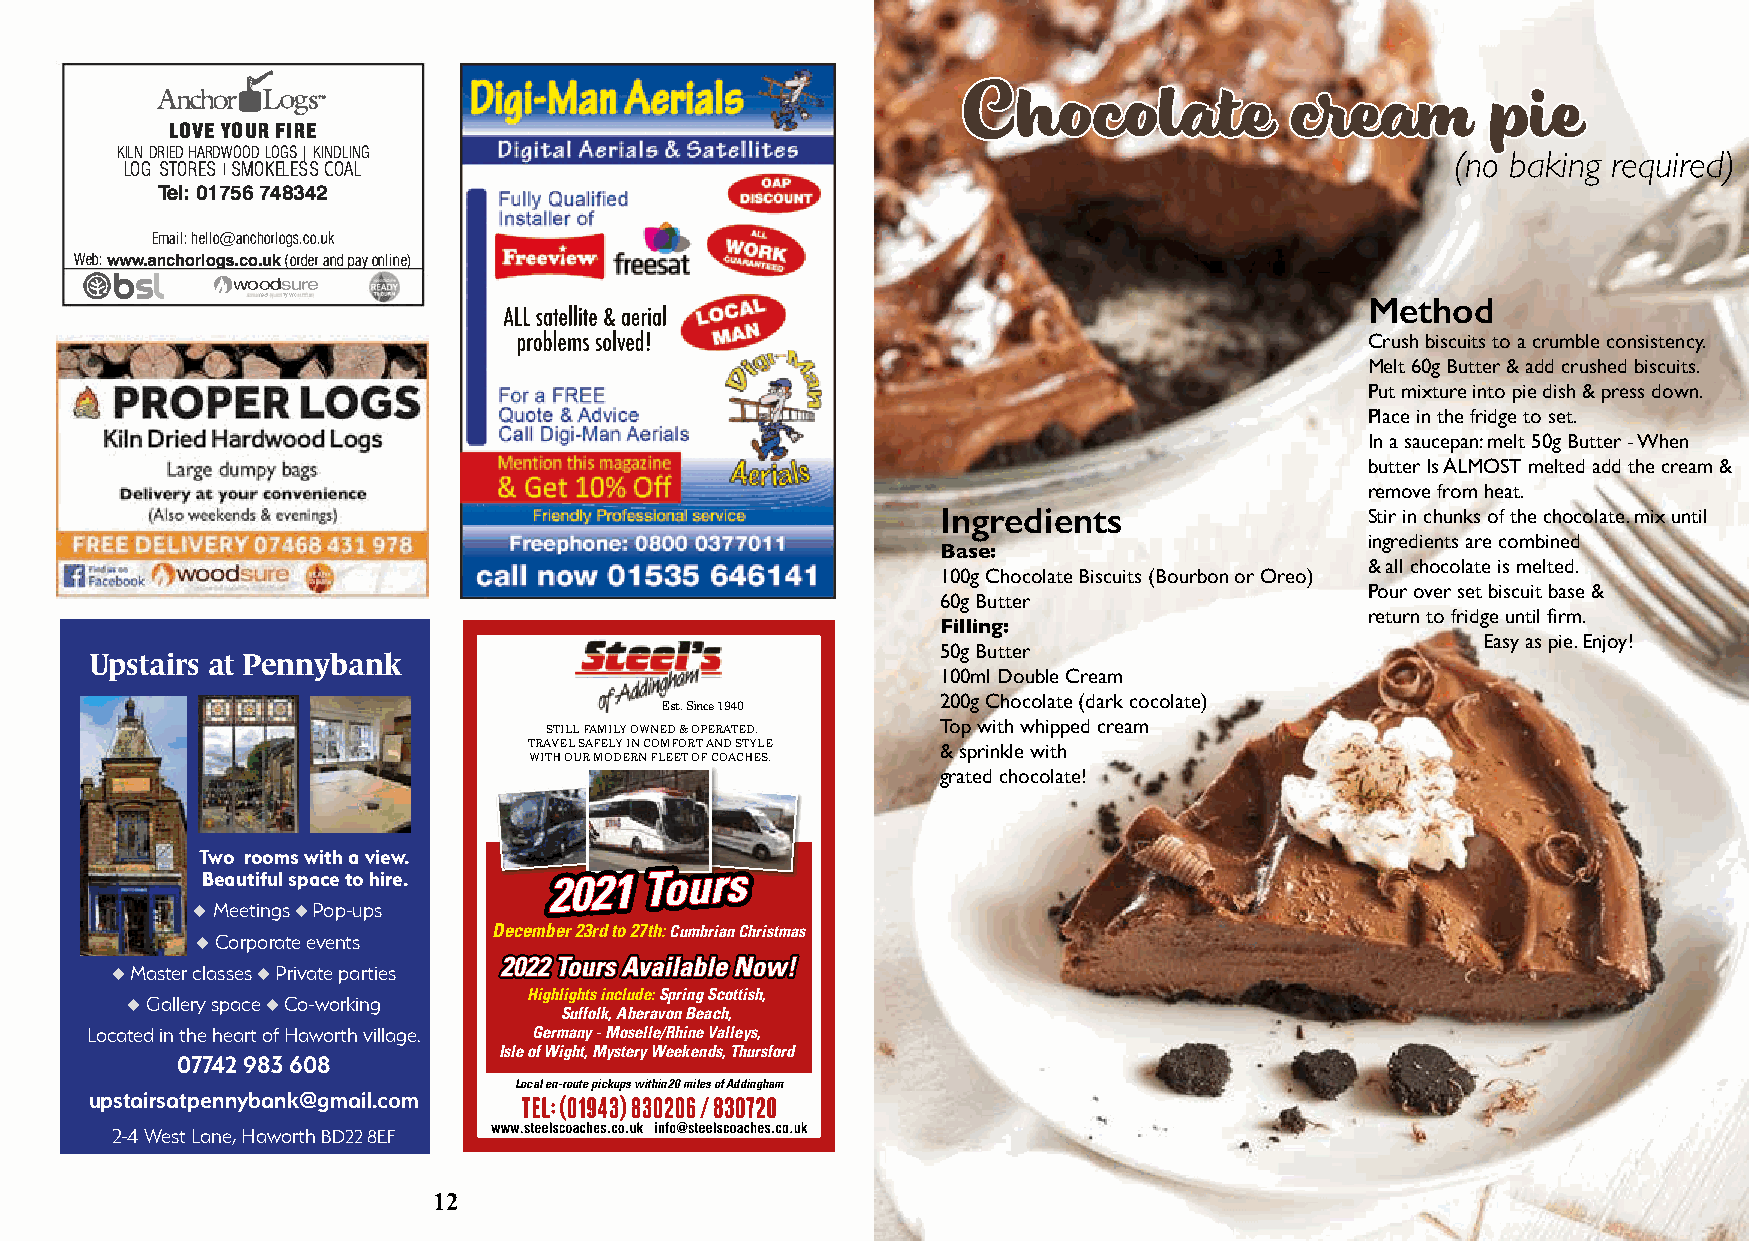
AnchoriL  s�
 og
 CChhooccoollaattee   ccrreeaamm    ppiiee
 LOVE YOUR FIRE
 KILN DRIED HARDWOOD LOGS I KINDLING                                                     (no baking required)
 /
 LOG STORES SMOKELESS COAL
 Tel: 01756 748342
 Email: hello@anchorlogs.co.uk
 Web: www.anchorlogs.co.uk (order and pay online)
 @bsl     Owoodsure
 ,... t� ....                                                             Method
 ALL satellite & aerial
 problems solved!                                        Crush biscuits to a crumble consistency.
 Melt 60g Butter & add crushed biscuits.
 Put mixture into pie dish & press down.
 Place in the fridge to set.
 In a saucepan: melt 50g Butter - When
 butter Is ALMOST melted add the cream &
 remove from heat.
 Ingredients                 Stir in chunks of the chocolate. mix until
 ingredients are combined
 Base:
 & all chocolate is melted.
 100g Chocolate Biscuits (Bourbon or Oreo)
 Pour over set biscuit base &
 60g Butter
 return to fridge until firm.
 Filling:
 Easy as pie. Enjoy!
 50g Butter
 Upstairs at Pennybank
 100ml Double Cream
 200g Chocolate (dark cocolate)
 Est. Since 1940
 Top with whipped cream
 STILL FAMILY OWNED & OPERATED.
 TRAVEL SAFELY IN COMFORT AND STYLE & sprinkle with
 WITH OUR MODERN FLEET OF COACHES.
 grated chocolate!
 Two rooms with a view.
 Beautiful space to hire.
 u Meetings u Pop-ups
 u Corporate events  December 23rd to 27th: Cumbrian Christmas
 u Master classes u Private parties
 u Gallery space u Co-working Highlights include: Spring Scottish,
 Suffolk, Aberavon Beach,
 Located in the heart of Haworth village. Germany - Moselle/Rhine Valleys,
 Isle of Wight, Mystery Weekends, Thursford
 07742 983 608
 Local en-route pickups within 20 miles of Addingham
 upstairsatpennybank@gmail.com
 2-4 West Lane, Haworth BD22 8EF
 Say you saw it in the Worth Valley Mag!
 12                                                      13